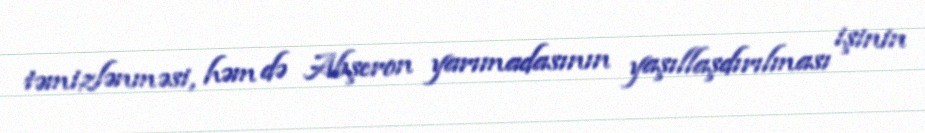
təmizlənməsi, həm də Abşeron yarımadasının yaşıllaşdırılması işinin